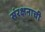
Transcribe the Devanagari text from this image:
संरक्षनाची